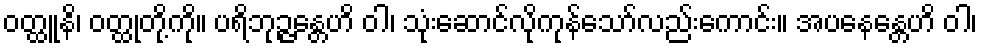
ဝတ္ထူနိ၊ ဝတ္ထုတို့ကို။ ပရိဘုဉ္ဇန္တေဟိ ဝါ၊ သုံးဆောင်လိုကုန်သော်လည်းကောင်း။ အပနေန္တေဟိ ဝါ၊